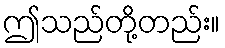
ဤသည်တို့တည်း။